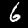
Label: 6